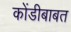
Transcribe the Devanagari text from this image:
कोंडीबाबत